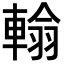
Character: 𨍚